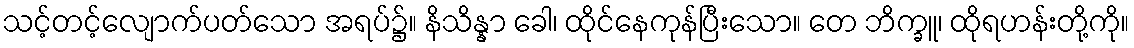
သင့်တင့်လျောက်ပတ်သော အရပ်၌။ နိသိန္နာ ခေါ၊ ထိုင်နေကုန်ပြီးသော။ တေ ဘိက္ခူ၊ ထိုရဟန်းတို့ကို။